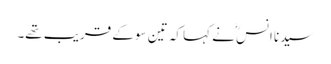
سیدنا انسؓ نے کہا کہ تین سو کے قریب تھے۔